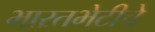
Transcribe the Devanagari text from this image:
भारतभेटीचे